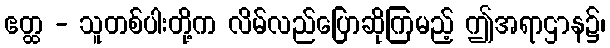
ဧတ္ထ - သူတစ်ပါးတို့က လိမ်လည်ပြောဆိုကြမည့် ဤအရာဌာန၌၊